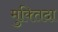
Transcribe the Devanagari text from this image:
मुक्‍तिदा